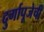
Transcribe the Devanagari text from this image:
दुर्गापूजेची